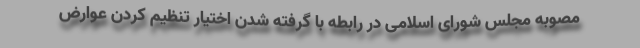
مصوبه مجلس شورای اسلامی در رابطه با گرفته شدن اختیار تنظیم کردن عوارض